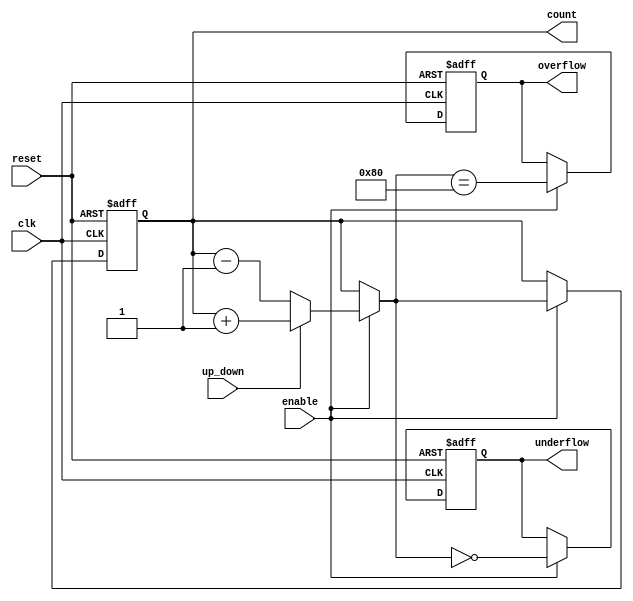
module MemoryBlocksBinaryCounter #(
    parameter BIT_WIDTH = 8  // Configurable bit width (e.g., 4, 8, etc.)
)(
    input wire clk,           // Clock input
    input wire reset,         // Asynchronous reset
    input wire enable,        // Enable signal
    input wire up_down,       // Counting direction: 1 for up, 0 for down
    output reg [BIT_WIDTH-1:0] count, // Current count value
    output reg overflow,      // Overflow flag
    output reg underflow      // Underflow flag
);

    // Internal signals for counting
    reg [BIT_WIDTH-1:0] next_count;

    // Synchronous reset and counting logic
    always @(posedge clk or posedge reset) begin
        if (reset) begin
            count <= 0;
            overflow <= 0;
            underflow <= 0;
        end else if (enable) begin
            count <= next_count;
            // Update overflow and underflow flags
            overflow <= (next_count == {1'b1, {BIT_WIDTH-1{1'b0}}}); // Maximum value
            underflow <= (next_count == 0); // Minimum value
        end
    end

    // Next count logic based on counting direction
    always @(*) begin
        if (enable) begin
            if (up_down) begin
                // Count up
                next_count = count + 1'b1;
            end else begin
                // Count down
                next_count = count - 1'b1;
            end
        end else begin
            next_count = count; // Hold current value if not enabled
        end
    end

endmodule